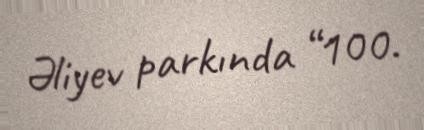
Əliyev parkında “100.